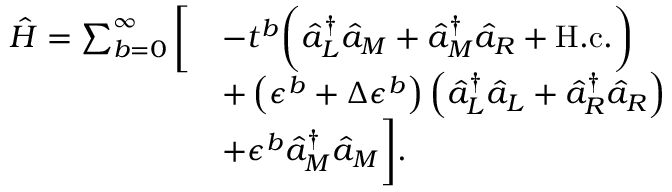
\begin{array} { r l } { \hat { H } = \sum _ { b = 0 } ^ { \infty } \bigg [ } & { - t ^ { b } \bigg ( \hat { a } _ { L } ^ { \dagger } \hat { a } _ { M } + \hat { a } _ { M } ^ { \dagger } \hat { a } _ { R } + \mathrm { H . c . } \bigg ) } \\ & { + \left( \epsilon ^ { b } + \Delta \epsilon ^ { b } \right) \left( \hat { a } _ { L } ^ { \dagger } \hat { a } _ { L } + \hat { a } _ { R } ^ { \dagger } \hat { a } _ { R } \right) } \\ & { + \epsilon ^ { b } \hat { a } _ { M } ^ { \dagger } \hat { a } _ { M } \bigg ] . } \end{array}